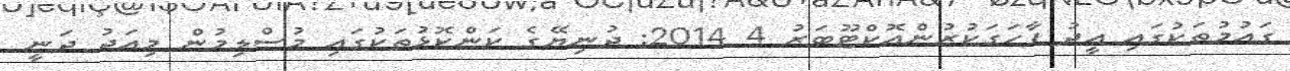
ގައުމުތަކުގައި އީދު ފާހަގަކުރުންއޮކްޓޫބަރު 4 2014: ދުނިޔޭގެ ކަންކޮޅުތަކުގައި މުސްލިމުން މިއަދު ދަނީ